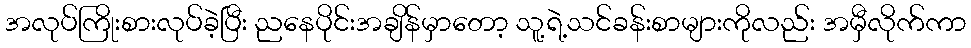
အလုပ်ကြိုးစားလုပ်ခဲ့ပြီး ညနေပိုင်းအချိန်မှာတော့ သူ့ရဲ့သင်ခန်းစာများကိုလည်း အမှီလိုက်ကာ